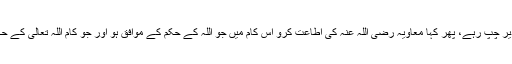
“ یہ سن کر عبداللہ بن عمرو بن العاص تھوڑی دیر چپ رہے، پھر کہا معاویہ رضی اللہ عنہ کی اطاعت کرو اس کام میں جو اللہ کے حکم کے موافق ہو اور جو کام اللہ تعالیٰ کے حکم کے خلاف ہو اس میں معاویہ کا کہنا نہ مانو۔